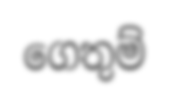
ගෙතුම්